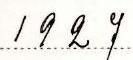
1927